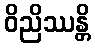
ဝိညိဿန္တိ